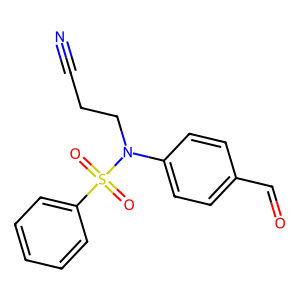
SMILES: N#CCCN(c1ccc(C=O)cc1)S(=O)(=O)c1ccccc1
Inhibits HIV replication: No